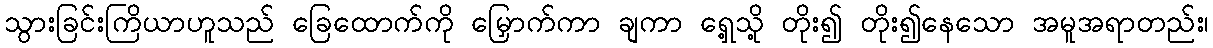
သွားခြင်းကြိယာဟူသည် ခြေထောက်ကို မြှောက်ကာ ချကာ ရှေ့သို့ တိုး၍ တိုး၍နေသော အမူအရာတည်း၊